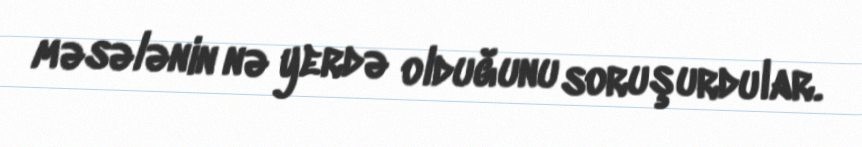
məsələnin nə yerdə olduğunu soruşurdular.